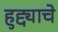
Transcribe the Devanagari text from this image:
हुद्द्याचे